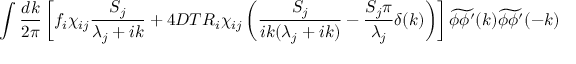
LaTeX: \int \frac { d k } { 2 \pi } \left[ f _ { i } \chi _ { i j } \frac { S _ { j } } { \lambda _ { j } + i k } + 4 D T R _ { i } \chi _ { i j } \left( \frac { S _ { j } } { i k ( \lambda _ { j } + i k ) } - \frac { S _ { j } \pi } { \lambda _ { j } } \delta ( k ) \right) \right] \widetilde { \phi \phi ^ { \prime } } ( k ) \widetilde { \phi \phi ^ { \prime } } ( - k )